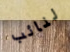
لنائب